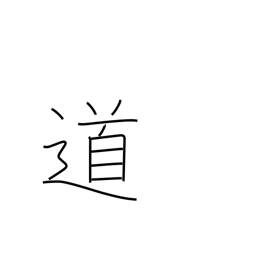
Meaning: road-way